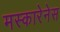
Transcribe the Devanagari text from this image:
मस्कारेनेस